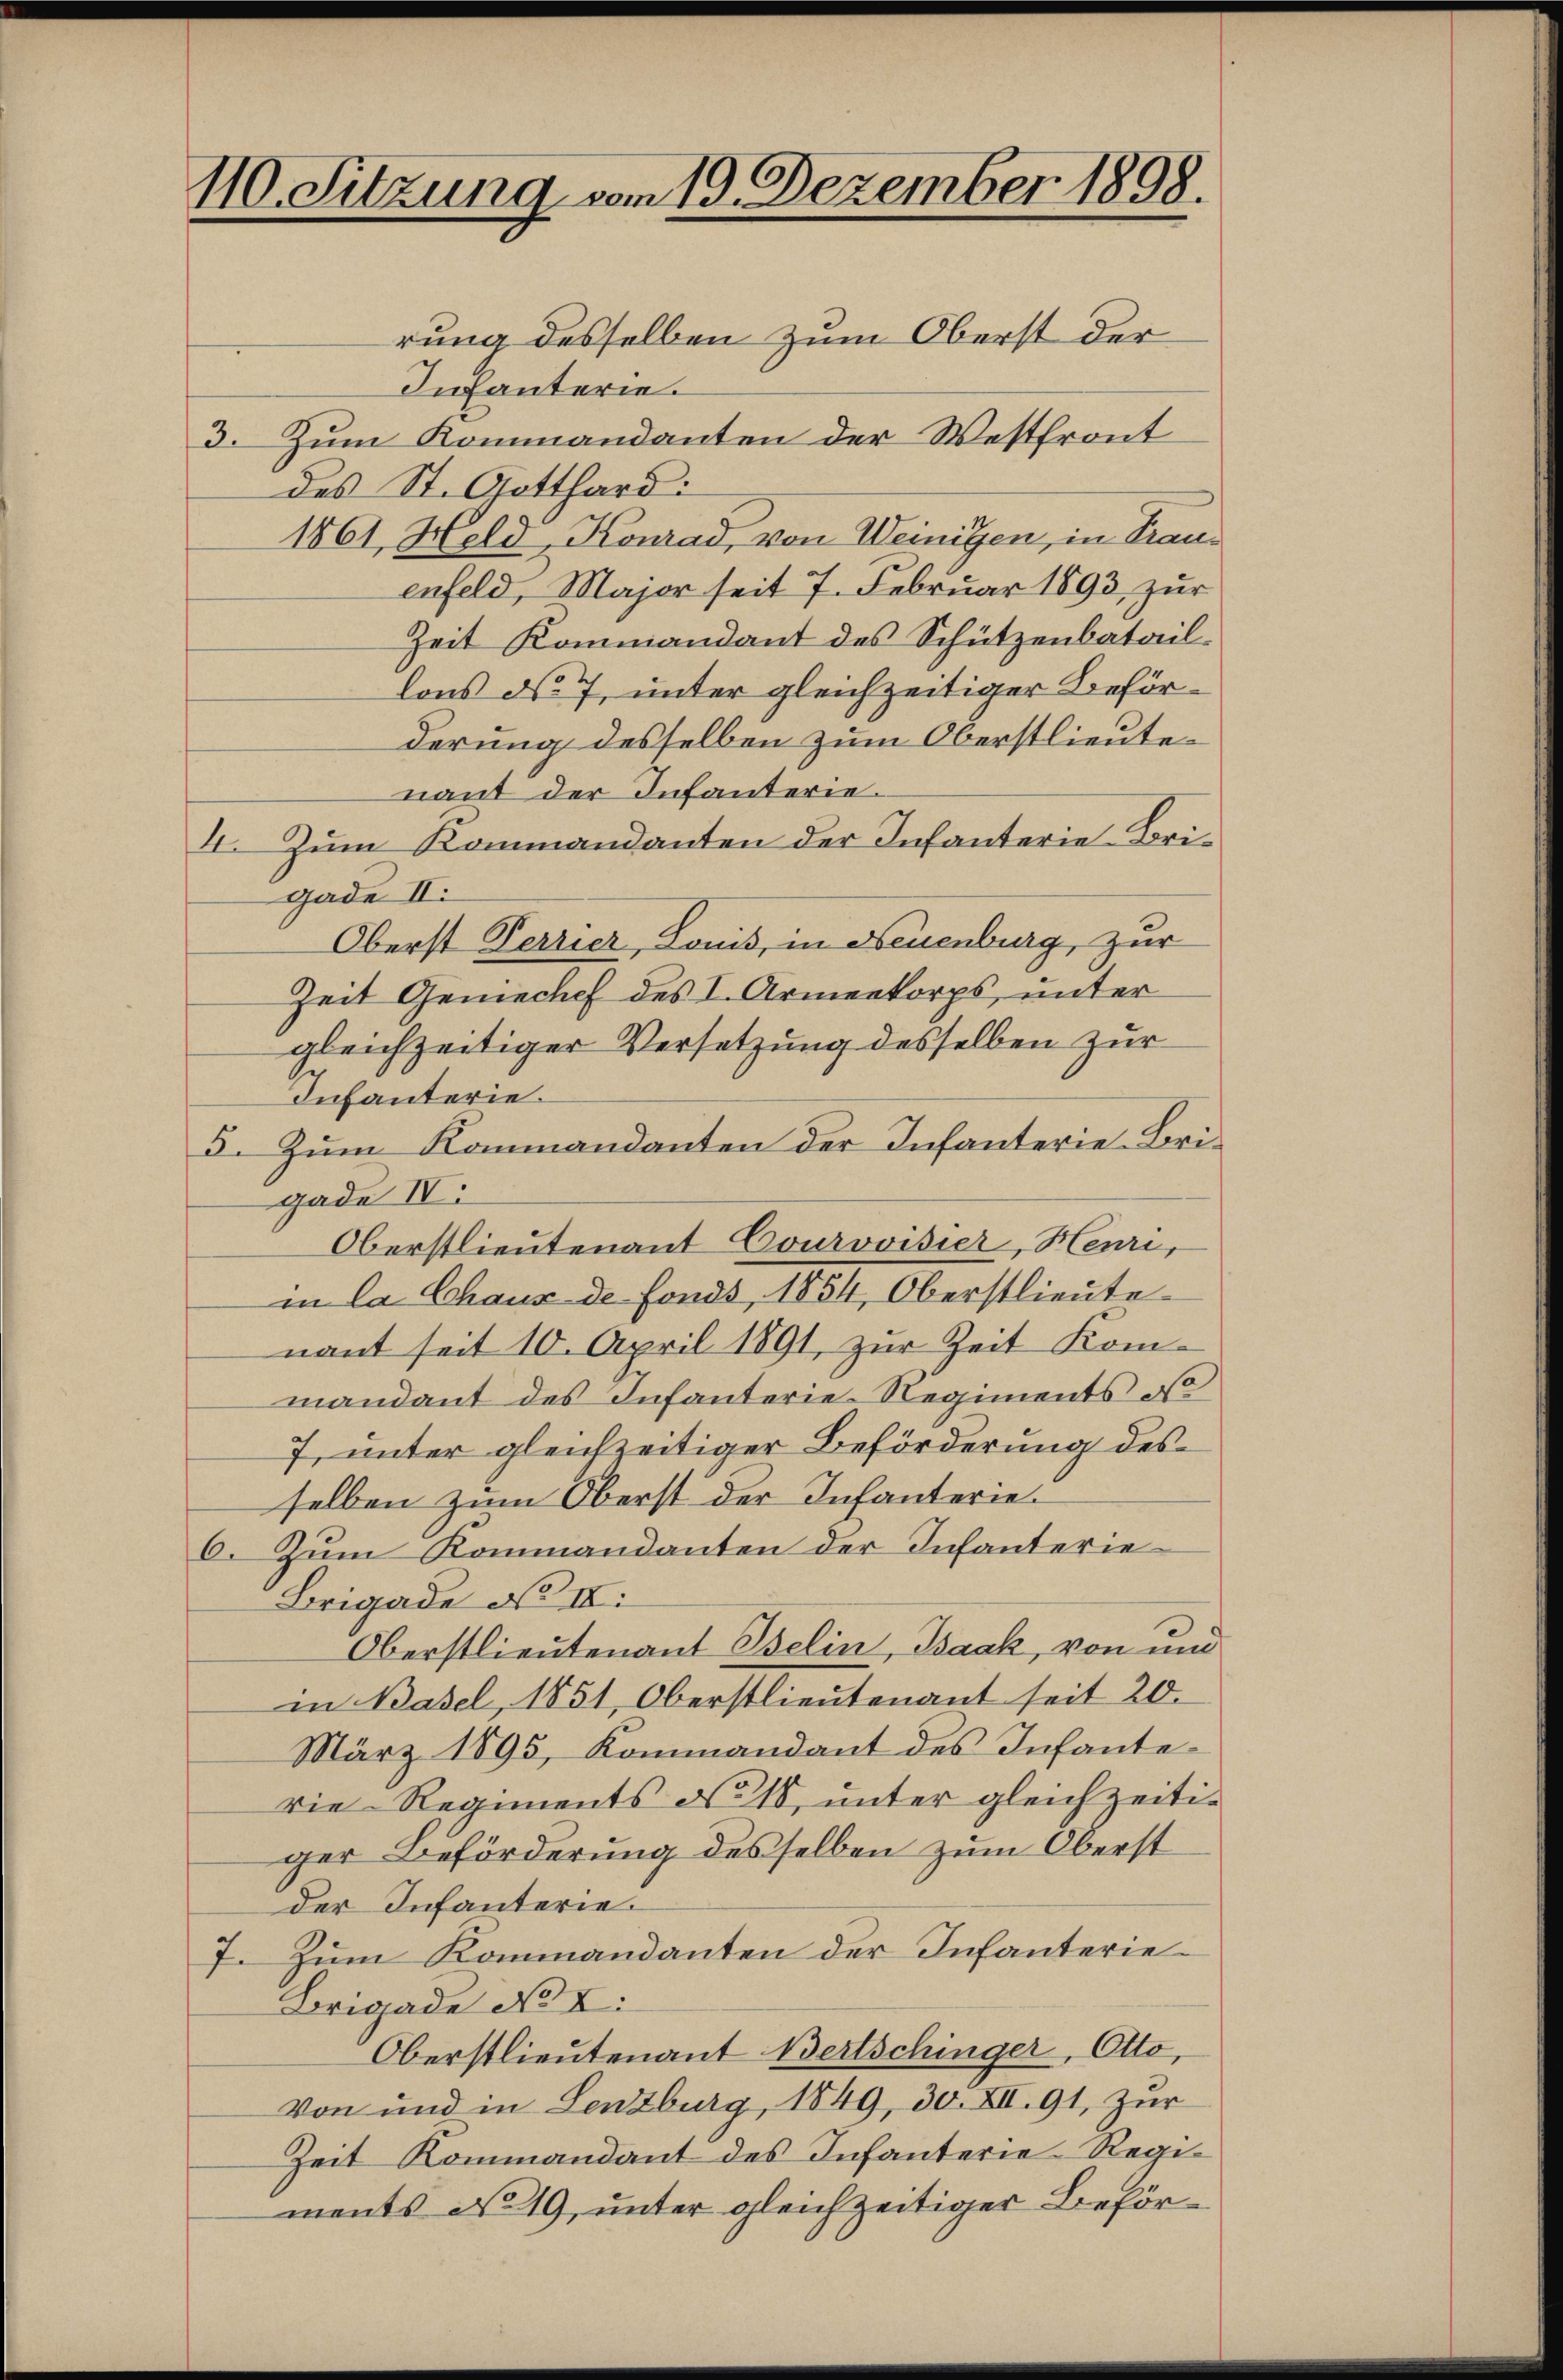
110. Sitzung vom 19. Dezember 1898.

rung desselben zum Oberst der
Infanterie.
3. Zum Kommandanten der Westfront
des St. Gotthard:
1861, Held, Konrad, von Weinigen, in Trauenfeld, Major seit 7. Februar 1893, zur
Zeit Kommandant des Schützenbataillons No 7, unter gleichzeitiger Beförderung desselben zum Oberstlieutenant der Infanterie.
4. Zum Kommandanten der Infanterie-Brigade II.
Oberst Terrier, Lonis, in Neuenburg, zur
Zeit Geniechef des I. Armeekorps, unter
gleichzeitiger Versetzung desselben zur
Infanterie.
5. Zum Kommandanten der Infanterie-Brigade IV
Oberstlieutenant Courovisier, Henri,
in la Chaus de fonds, 1854, Oberstlieute
nant seit 10. April 1891, zur Zeit Kom-
mandant des Infanterie Regiments o
7 unter gleichzeitiger Beförderung des
selben zum Oberst der Infanterie¬
6. Zum Kommandanten der Infanterie¬
Brigade No IV:
Oberstlieutenant Belin, Isaak, von und
in Basel, 1851, Oberstlieutenant seit 20.
März 1895, Kommandant des Infanterie Regiments No 18, unter gleichzeitiger Beförderung desselben zum Oberst
der Infanterie.
7. Zum Kommandanten der Infanterie¬
Brigade No I.
Oberstlieutenant Bertschinger, Otto,
Von und in Lenzburg, 1849, 30. XII. 91, zur
Zeit Kommandant des Infanterie Regiments No 19, unter gleichzeitiger Beför¬